Report on the bubonic plague in Bombay, 1896-1897
Year: 1896
Disease focus: Plague
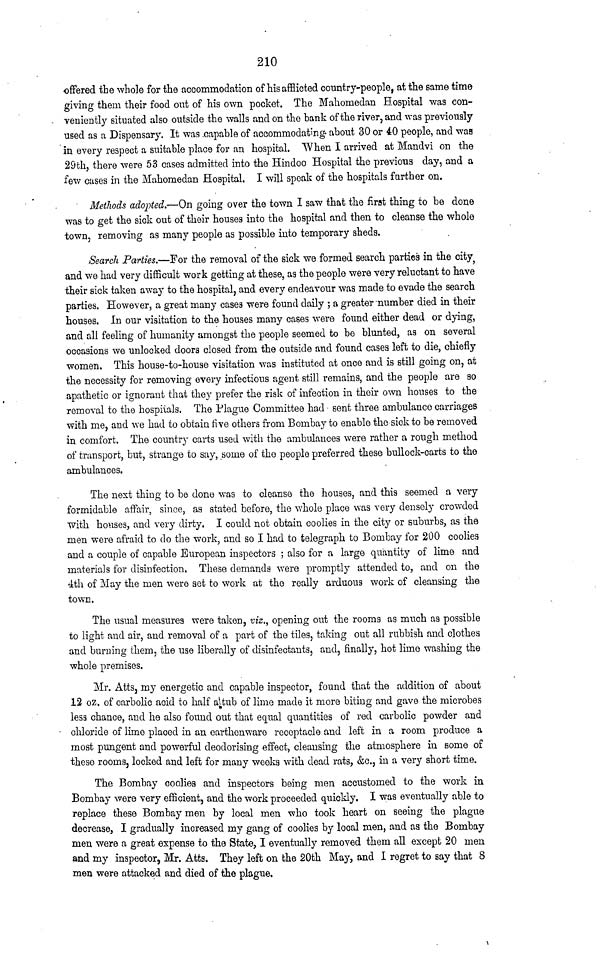
210
offered the whole for the accommodation of his afflicted country-people, at the same time
giving them their food out of his own pocket. The Mahomedan Hospital was con-
veniently situated also outside the walls and on the bank of the river, and was previously
used as a Dispensary. It was capable of accommodating about 30 or 40 people, and was
in every respect a suitable place for an hospital. When I arrived at Mandvi on the
29th, there were 53 cases admitted into the Hindoo Hospital the previous day, and a
few cases in the Mahomedan Hospital. I will speak of the hospitals further on.
Methods adopted.—On going over the town I saw that the first thing to be done
was to get the sick out of their houses into the hospital and then to cleanse the whole
town, removing as many people as possible into temporary sheds.
Search Parties.—For the removal of the sick we formed search parties in the city,
and we had very difficult work getting at these, as the people were very reluctant to have
their sick taken away to the hospital, and every endeavour was made to evade the search
parties. However, a great many cases were found daily ; a greater number died in their
houses. In our visitation to the houses many cases were found either dead or dying,
and all feeling of humanity amongst the people seemed to be blunted, as on several
occasions we unlocked doors closed from the outside and found cases left to die, chiefly
women. This house-to-house visitation was instituted at once and is still going on, at
the necessity for removing every infectious agent still remains, and the people are so
apathetic or ignorant that they prefer the risk of infection in their own houses to the
removal to the hospitals. The Plague Committee had sent three ambulance carriages
with me, and we had to obtain five others from Bombay to enable the sick to be removed
in comfort. The country carts used with the ambulances were rather a rough method
of transport, but, strange to say, some of the people preferred these bullock-carts to the
ambulances.
The nest thing to be done was to cleanse the houses, and this seemed a very
formidable affair, since, as stated before, the whole place was very densely crowded
with houses, and very dirty. I could not obtain coolies in the city or suburbs, as the
men were afraid to do the work, and so I had to telegraph to Bombay for 200 coolies
and a couple of capable European inspectors ; also for a large quantity of lime and
materials for disinfection. These demanda were promptly attended to, and on the
4th of May the men were set to work at the really arduous work of cleansing the
town.
The usual measures were taken, viz., opening out the rooms as much as possible
to light and air, and removal of a part of the tiles, taking out all rubbish and clothes
and burning them, the use liberally of disinfectants, and, finally, hot lime washing the
whole premises.
Mr. Atts, my energetic and capable inspector, found that the addition of about
12 oz. of carbolic acid to half atub of lime made it more biting and gave the microbes
less chance, and he also found out that equal quantities of red carbolic powder and
chloride of lime placed in an earthenware receptacle and left in a room produce a
most pungent and powerful deodorising effect, cleansing the atmosphere in some of
these rooms, locked and left for many weeks with dead rats, &c., in a very short time.
The Bombay cooliea and inspectors being men accustomed to the work in
Bombay were very efficient, and the work proceeded quickly. I was eventually able to
replace these Bombay men by local men who took heart on seeing the plague
decrease, I gradually increased my gang of coolies by local men, and as the Bombay
men were a great expense to the State, I eventually removed them all except 20 men
and my inspector, Mr. Atts. They left on the 20th May, and I regret to say that 8
men were attacked and died of the plague.